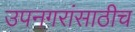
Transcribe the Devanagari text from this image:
उपनगरांसाठीच